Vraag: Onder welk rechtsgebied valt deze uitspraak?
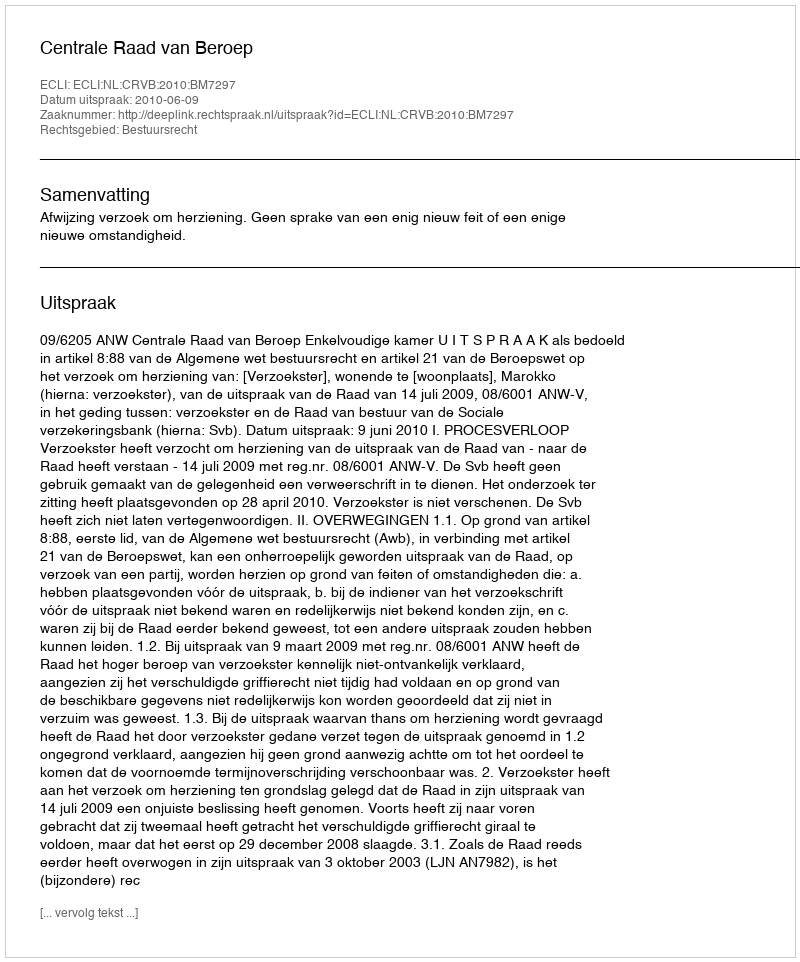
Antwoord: Bestuursrecht